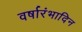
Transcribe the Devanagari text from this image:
वर्षारंभादिन